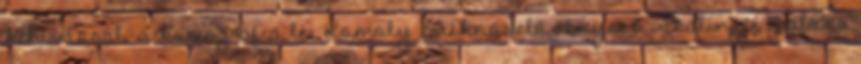
kihívással, a koreográfia lé- Komoly értéknövelő tényező Szálinger Balázs